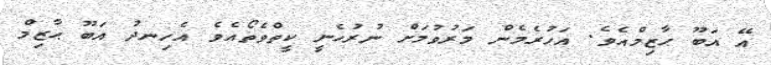
އޭ އަބޫ ޙާޒިމްއެވެ. އަހުރެމެން މަރުވުމަށް ނުރުހެނީ ކީތްވެތޯއެވެ އެހިނދު އަބޫ ޙާޒިމް